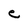
Character: e